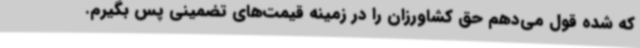
که شده قول می‌دهم حق کشاورزان را در زمینه قیمت‌های تضمینی پس بگیرم.